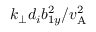
k _ { \perp } d _ { i } b _ { 1 y } ^ { 2 } / v _ { \mathrm { A } } ^ { 2 }